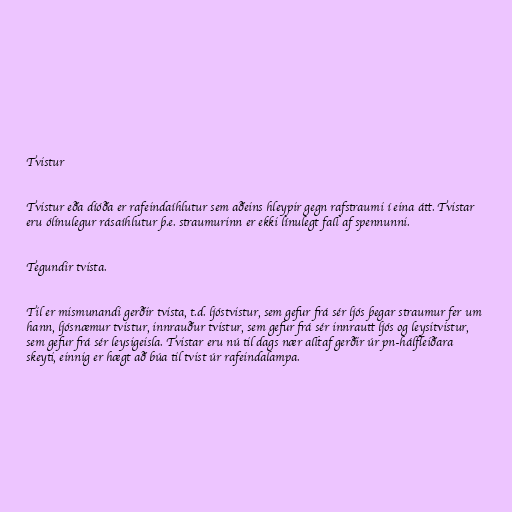
Tvistur

Tvistur eða díóða er rafeindaíhlutur sem aðeins hleypir gegn rafstraumi í eina átt. Tvistar
eru ólínulegur rásaíhlutur þ.e. straumurinn er ekki línulegt fall af spennunni.

Tegundir tvista.

Til er mismunandi gerðir tvista, t.d. ljóstvistur, sem gefur frá sér ljós þegar straumur fer um
hann, ljósnæmur tvistur, innrauður tvistur, sem gefur frá sér innrautt ljós og leysitvistur,
sem gefur frá sér leysigeisla. Tvistar eru nú til dags nær alltaf gerðir úr pn-hálfleiðara
skeyti, einnig er hægt að búa til tvist úr rafeindalampa.